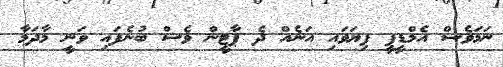
ނަމަވެސް އެމްޑީޕީ ފިޔަވައި އަނެއް ދެ ޕާޓީން ވެސް ބުނެފައި ވަނީ މާދަމާ